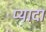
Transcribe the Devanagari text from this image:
प्‍यादा